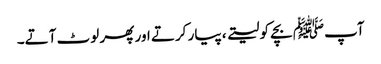
آپﷺ بچے کو لیتے ، پیار کرتے اور پھر لوٹ آتے۔